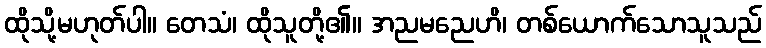
ထိုသို့မဟုတ်ပါ။ တေသံ၊ ထိုသူတို့၏။ အညမညေဟိ၊ တစ်ယောက်သောသူသည်